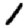
Digit: 1